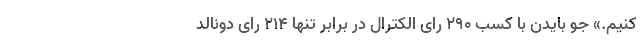
کنیم.» جو بایدن با کسب ۲۹۰ رای الکترال در برابر تنها ۲۱۴ رای دونالد